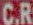
C.R